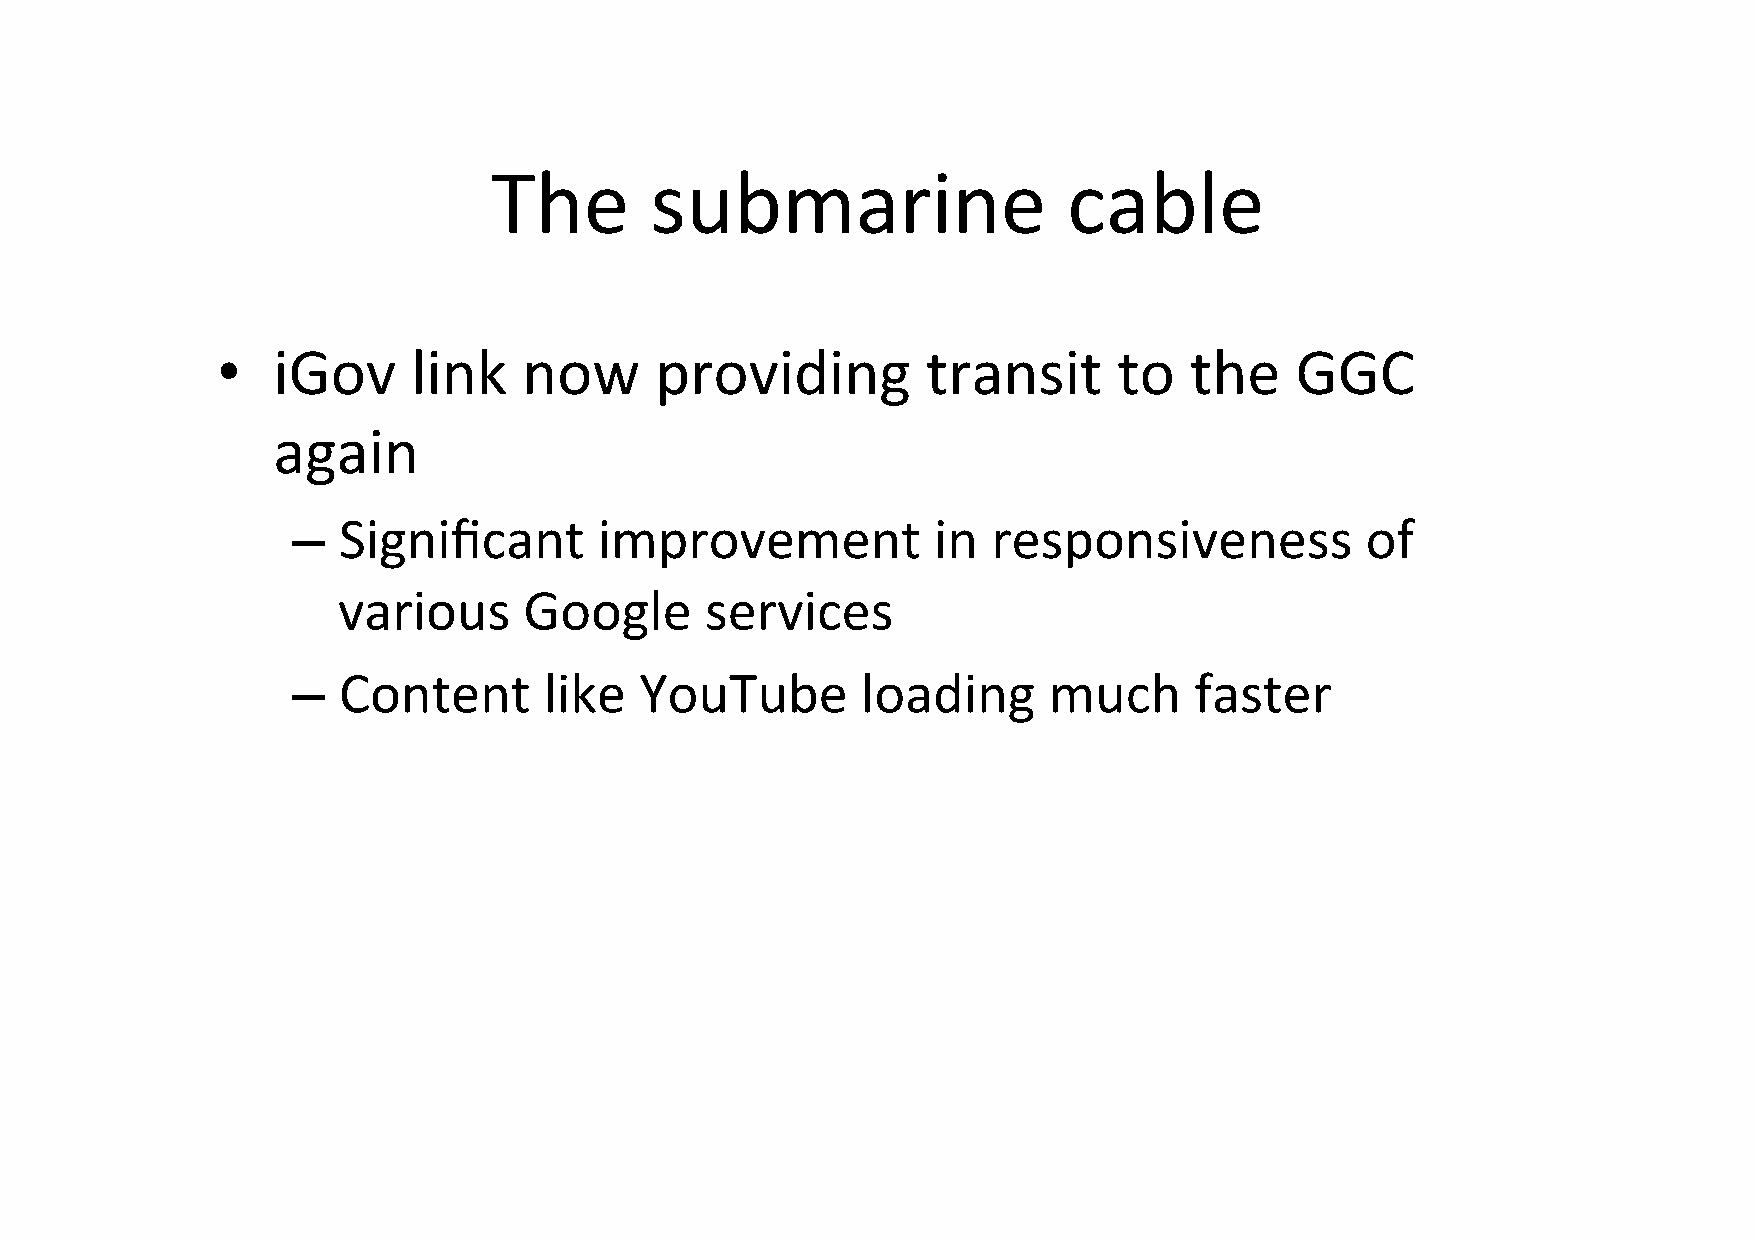
The        submarine                   cable
 •   iGov     link    now     providing         transit      to   the    GGC
 again
 –  Significant       improvement           in  responsiveness          of
 various      Google      services
 –  Content       like  YouTube        loading     much      faster